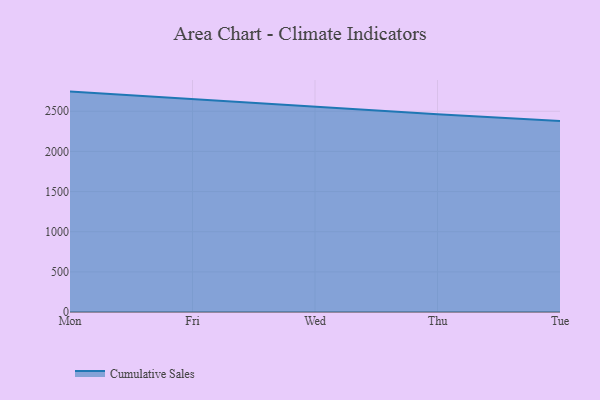
{"axis": {"x": "Day", "y": "Active Users"}, "legend": ["Cumulative Sales"], "data": [{"x": "Mon", "y": 2745.1, "type": "Cumulative Sales"}, {"x": "Fri", "y": 2651.0, "type": "Cumulative Sales"}, {"x": "Wed", "y": 2551.7, "type": "Cumulative Sales"}, {"x": "Thu", "y": 2462.8, "type": "Cumulative Sales"}, {"x": "Tue", "y": 2377.4, "type": "Cumulative Sales"}]}